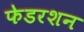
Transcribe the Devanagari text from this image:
फेडरशन